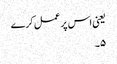
یعنی اس پر عمل کرے
۵۔